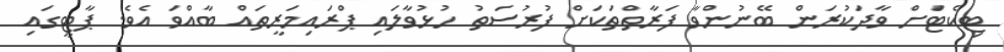
ޓިކެޓަށް ވާދަކުރަން ބޭނުންވާ ފަރާތްތަކަށް ފުރުސަތު ހުޅުވާލައި ޕްރައިމަރީތައް ބާއްވަ އެވެ. ޕާޓީގައި